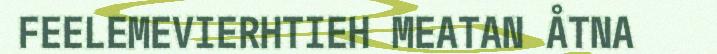
FEELEMEVIERHTIEH MEATAN ÅTNA